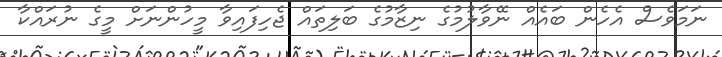
ނަމަވެސް އެހެން ބައެއް ނޭވާލުމުގެ ނިޒާމުގެ ބަލިތައް ޖެހިފައިވާ މީހުންނަށް މީގެ ނުރައްކާ